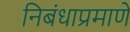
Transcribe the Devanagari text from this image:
निबंधाप्रमाणे